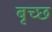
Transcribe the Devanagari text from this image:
बृच्‍छ